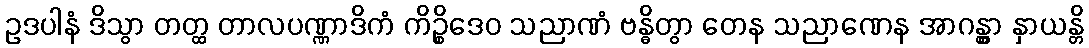
ဥဒပါနံ ဒိသွာ တတ္ထ တာလပဏ္ဏာဒိကံ ကိဉ္စိဒေဝ သညာဏံ ဗန္ဓိတွာ တေန သညာဏေန အာဂန္တွာ နှာယန္တိ